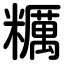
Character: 糲